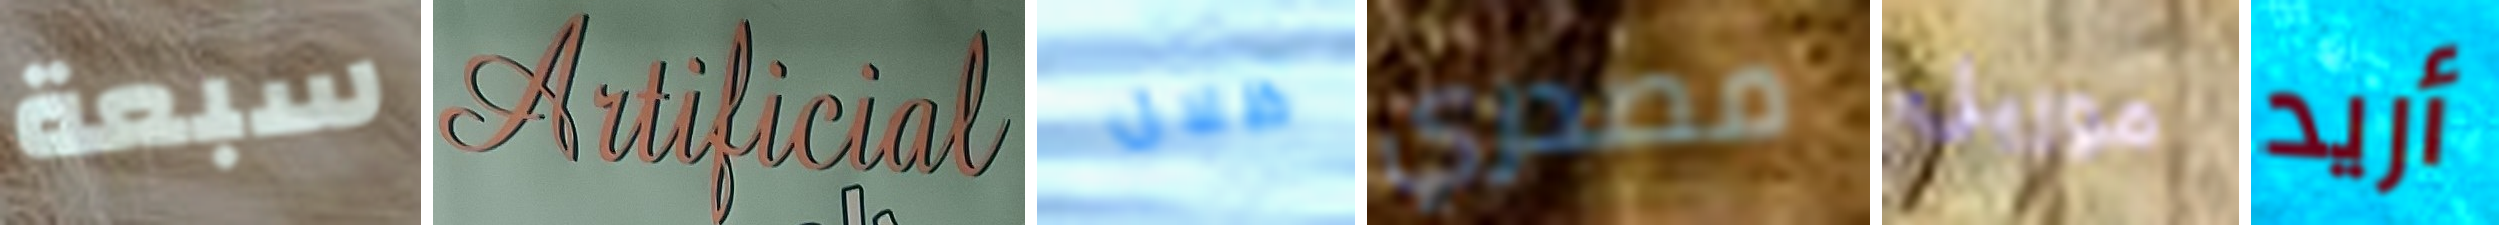
سبعة Artificial ظلال مصدري موريل أريد